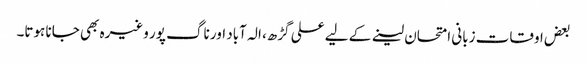
بعض اوقات زبانی امتحان لینے کے لیے علی گڑھ، الہ آباد اور ناگ پور وغیرہ بھی جانا ہوتا۔